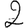
Digit: 2